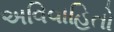
અવિવાહિતો